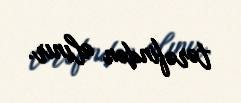
tərəfindən alınır.